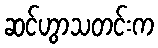
ဆင်ဟွာသတင်းက